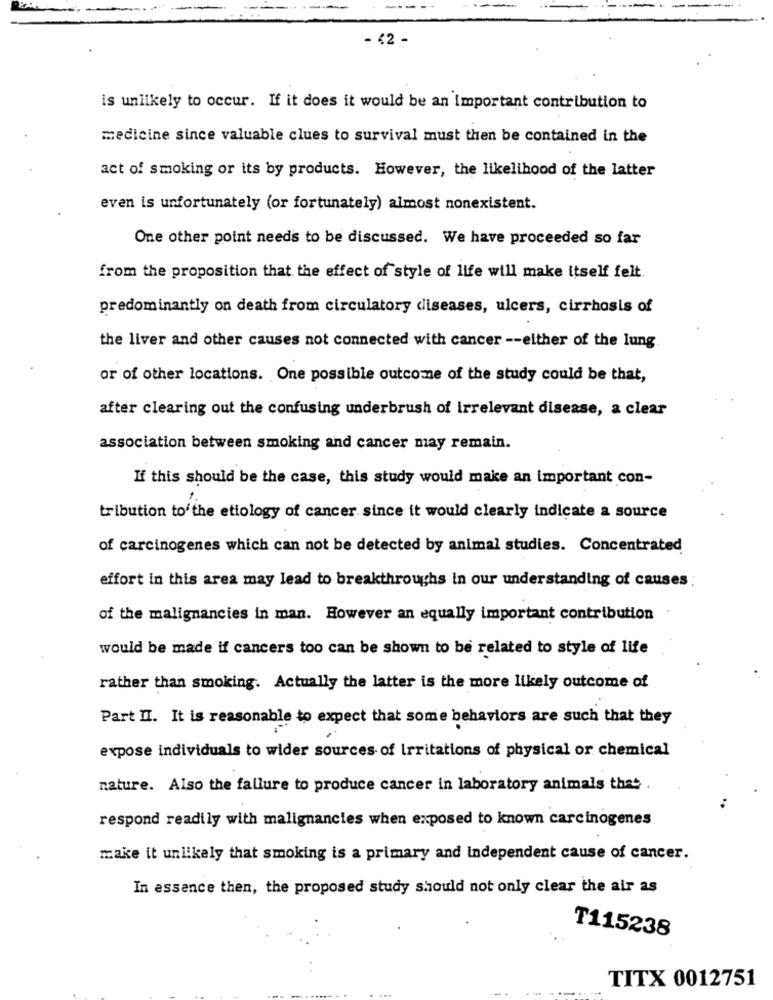
- 42 -
is unlikely to occur. If it does it would be an Important contribution to
medicine since valuable clues to survival must then be contained in the
act of smoking or its by products. However, the likelihood of the latter
even is unfortunately (or fortunately) almost nonexistent.
One other point needs to be discussed. We have proceeded so far
from the proposition that the effect of style of life will make itself felt.
predominantly on death from circulatory diseases, ulcers, cirrhosis of
the liver and other causes not connected with cancer -- either of the lung
or of other locations. One possible outcome of the study could be that,
after clearing out the confusing underbrush of irrelevant disease, a clear
association between smoking and cancer may remain.
If this should be the case, this study would make an important con-
tribution to the etiology of cancer since it would clearly indicate a source
of carcinogenes which can not be detected by animal studies. Concentrated
effort in this area may lead to breakthroughs in our understanding of causes :
of the malignancies in man. However an equally important contribution
would be made if cancers too can be shown to be related to style of life
rather than smoking. Actually the latter is the more likely outcome of
Part II. It is reasonable to expect that some behaviors are such that they
expose individuals to wider sources of irritations of physical or chemical
nature. Also the failure to produce cancer in laboratory animals that
respond readily with malignancies when exposed to known carcinogenes
make it unlikely that smoking is a primary and independent cause of cancer.
In essence then, the proposed study should not only clear the air as
T115238
TITX 0012751